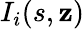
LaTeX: I_{i}(s,\mathbf{z})